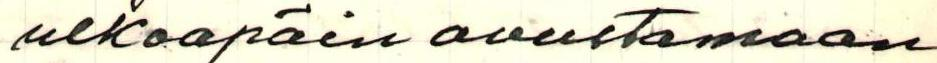
ulkoapäin avustamaan